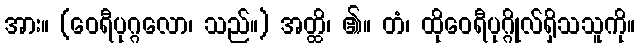
အား။ (ဝေရီပုဂ္ဂလော၊ သည်။) အတ္ထိ၊ ၏။ တံ၊ ထိုဝေရီပုဂ္ဂိုလ်ရှိသသူကို။